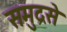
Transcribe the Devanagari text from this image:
समुद्रसे